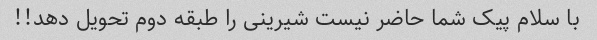
با سلام پیک شما حاضر نیست شیرینی را طبقه دوم تحویل دهد!!